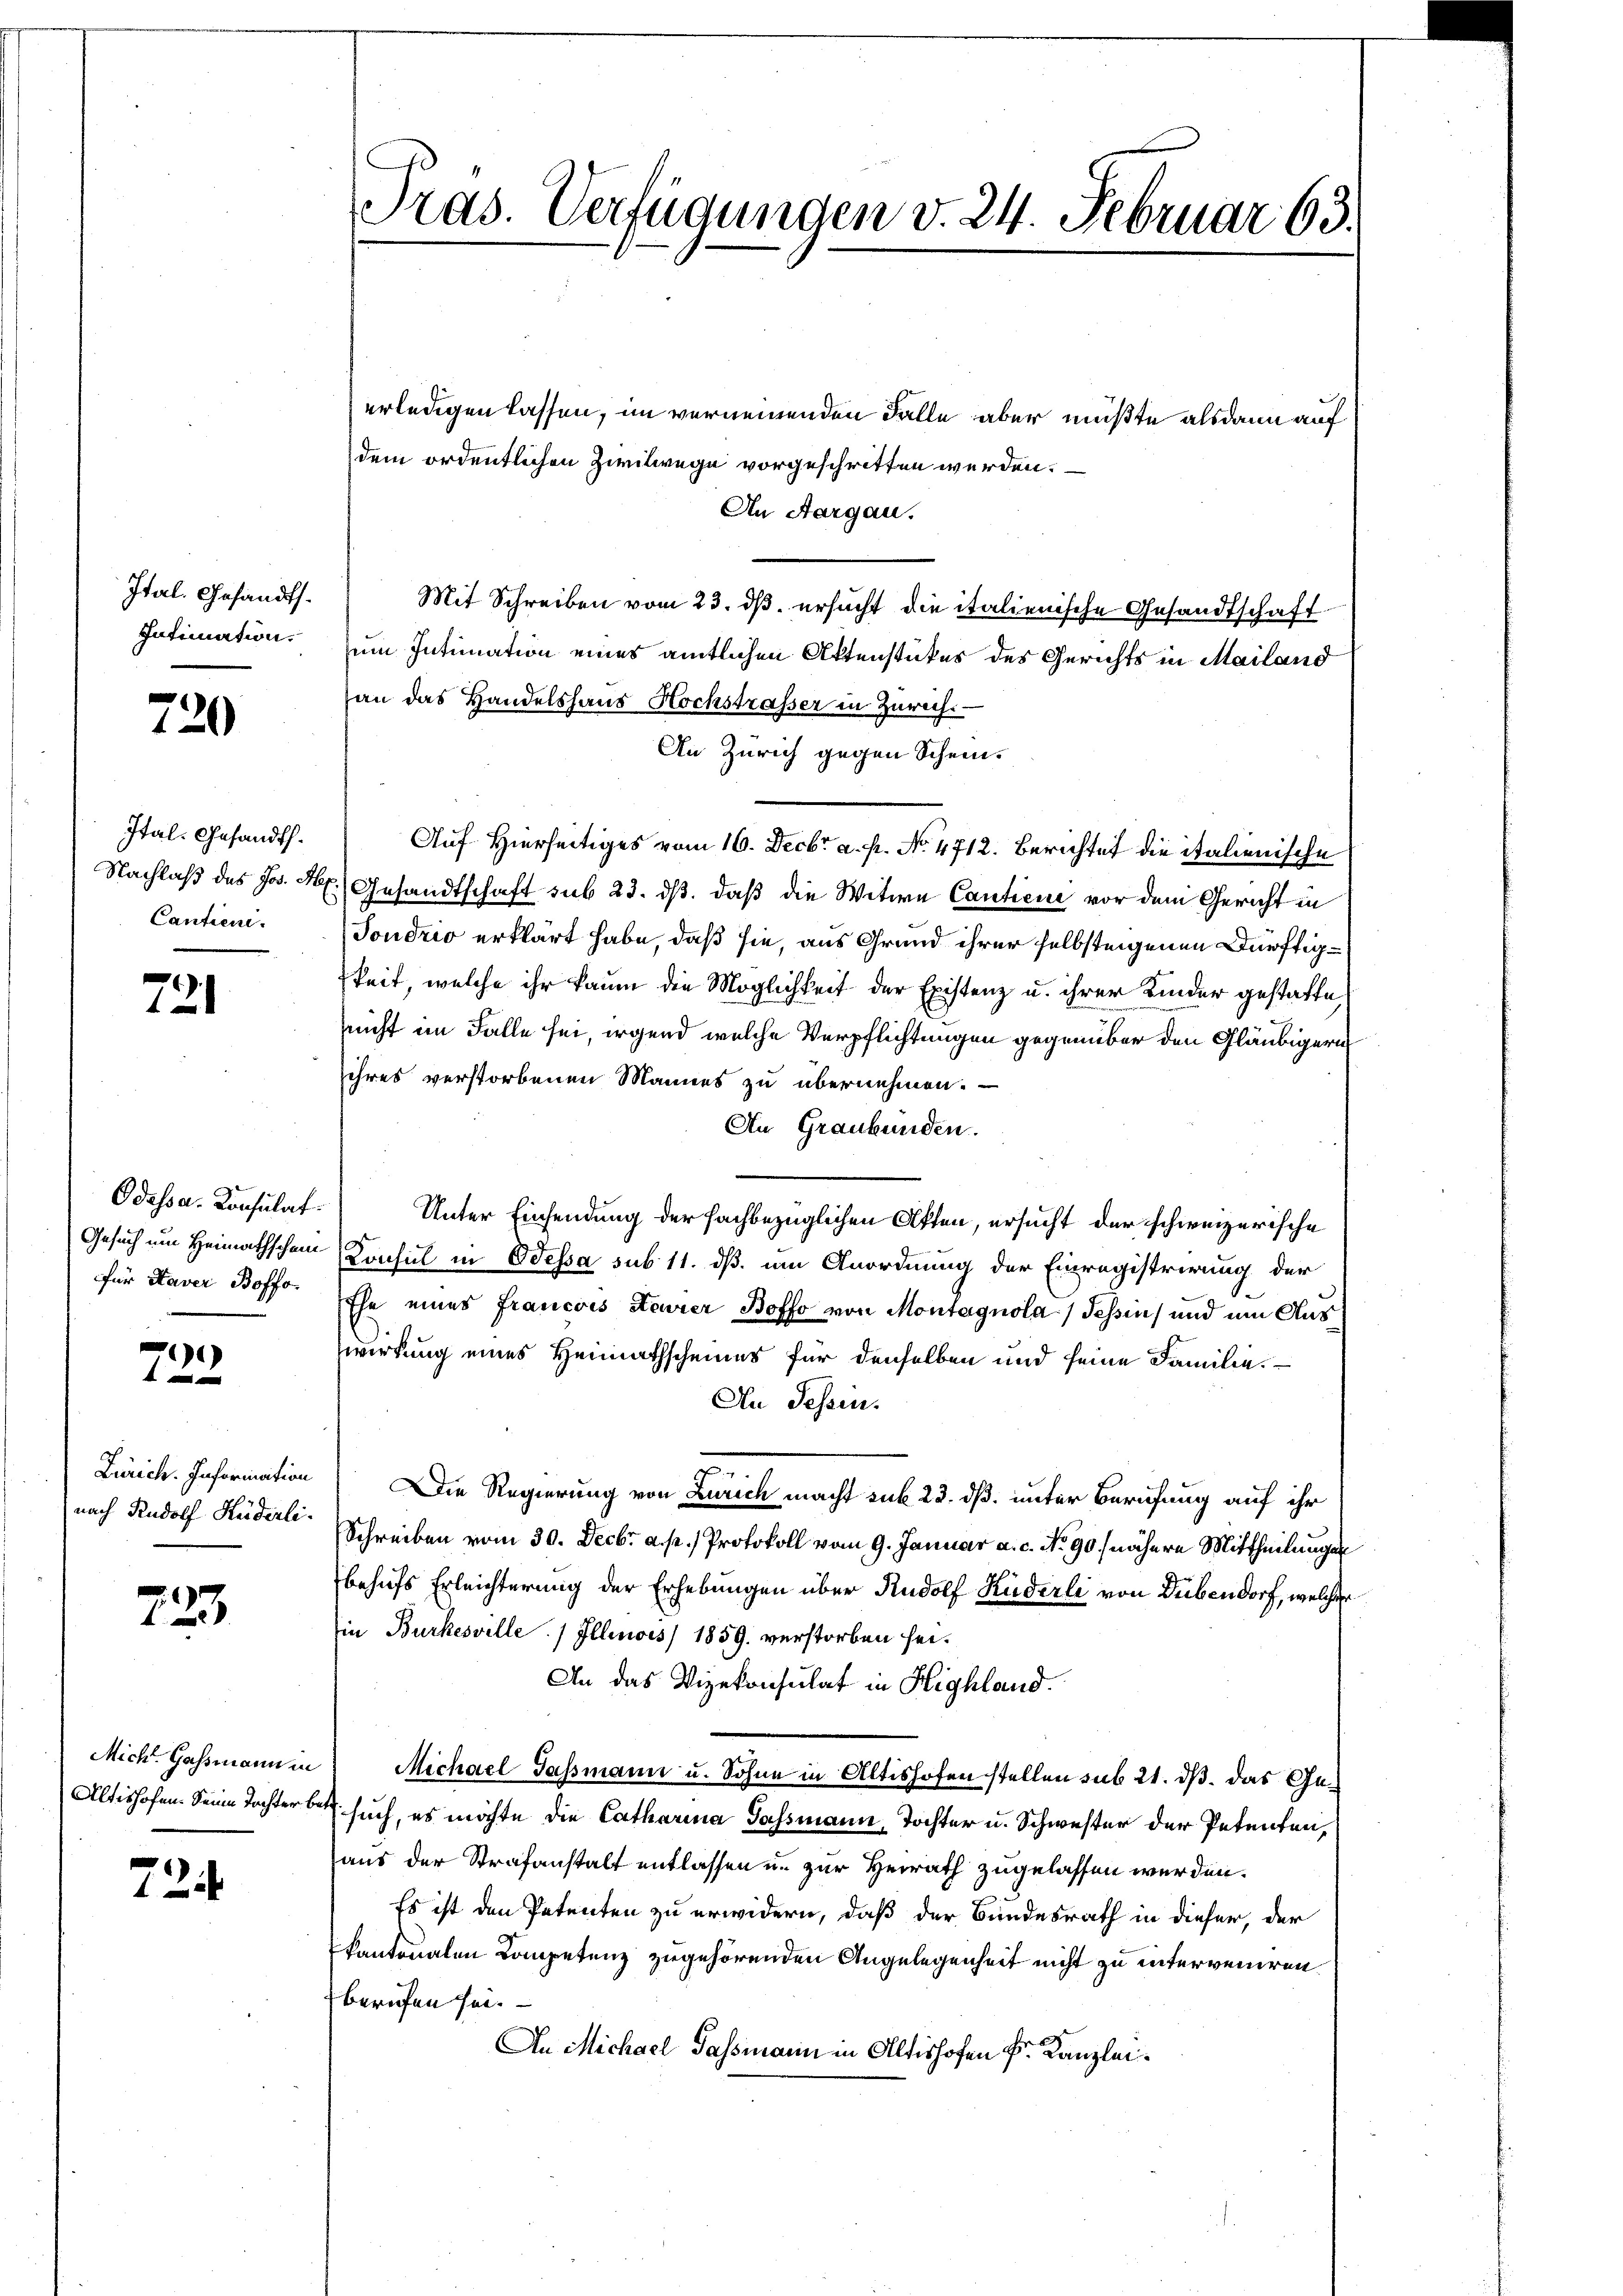
Ital. Gesandts¬
Intimation.

720

Ital- Gesandth.
Cantieni.

721

Odassa- Konsulat
für Haver Boffo

.

733.

724

erledigen lassen, im verneinenden Falle aber mußte alsdann auch
dem ordentlichen Zivilwege vorgeschritten werden.
An Aargau.
Mit Schreiben vom 23. ds. ersucht die italienische Gesandtschaft
um Intimation eines amtlichen Aktenstückes des Gerichts in Mailand
an das Handelshaus Hochstrasser in Zürich.
An Zürich gegen Schein.
Auf Hierseitiges vom 16. Decbr a. p. No. 4712. Berichtet die italienische
Nachlaß des Jos. Hr. Gesandtschaft sub 23. ds. daß die Witwe Cantiene vor dem Gericht in
Sondrio erklärt habe, daß sie, aus Grund ihrer selbsteigenen Dürftigkeit, welche ihr kaum die Möglichkeit der Existenz u. ihrer Kinder gestatte,
nnicht im Falle sei, irgend welche Verpflichtungen gegenüber den Gläubigern
ihres verstorbenen Mannes zu übernehmen.
An Graubünden.
Unter Einsendung der fachbezüglichen Akten, ersucht der schweizerische
Gesuch um Heimathschein Consul in Odessa sub 11. dß. um Anordnung der Einregistrirung der
Ehe eines Francois Steurer Boffo von Montagnola, Tessin, und um Auswirkung eines Heimathscheines für denselben und seine Familie.
An Tessin.
e
Zürich. Information) Die Regierung von Zürich macht sub 23. dß. unter Berufung auf ihr
nach Rudolf Ruder Schreiben vom 30. Decbr. a. p.) Protokoll vom 9. Januar a. c. No. 90.) nähere Mittheilungen
behufs Erleichterung der Erhebungen über Rudolf Küderli von Dübendorf, welcher
in Burkesville. / Illinois 1859 verstorben sei.
An das Vizekonsulat in Highland.
Mich. Gassmann in Michael Gassmann u. Sohne in Altishofen stellen sub 21. ds. das Ge¬
Altishofen. Seine Tochter betr. such, es möchte die Catharina Gassmann, Tochter u. Schwester der Petenten,
aus der Strafanstalt entlassen u. zur Heirath zugelassen werden.
Es ist den Petenten zu erwidern, daß der Bundesrath in dieser, der
kantonalen Kompetenz zugehörenden Angelegenheit nicht zu interveniren.
berufen sei.
An Michael Sassmann in Altishofen k. Kanzlei¬

Pras. Verfügungen v. 24. Februar 63.